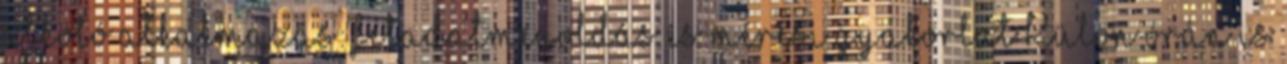
alkotó alkalmazás: feladatmegoldás és mérési gyakorlat Külön órán is